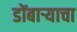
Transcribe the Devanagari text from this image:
डोंबार्‍याचा